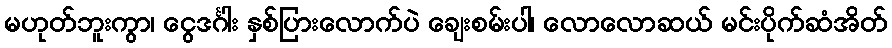
မဟုတ်ဘူးကွာ၊ ငွေဒင်္ဂါး နှစ်ပြားလောက်ပဲ ချေးစမ်းပါ၊ လောလောဆယ် မင်းပိုက်ဆံအိတ်